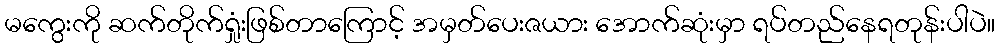
မကွေးကို ဆက်တိုက်ရှုံးဖြစ်တာကြောင့် အမှတ်ပေးဇယား အောက်ဆုံးမှာ ရပ်တည်နေရတုန်းပါပဲ။